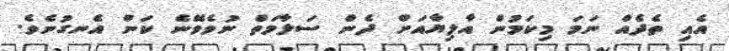
އެއި ތެދެއް ނަމަ މިކަމުން އާލިޔާއަށް ދެން ސަލާމަތް ނުވެވޭނެ ކަން އެނގުނެވެ.